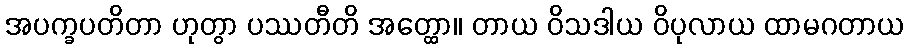
အပက္ခပတိတာ ဟုတွာ ပဿတီတိ အတ္ထော။ တာယ ဝိသဒါယ ဝိပုလာယ ထာမဂတာယ